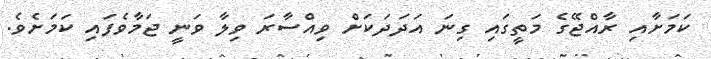
ކަމަށާއި ރާއްޖޭގެ މަތީގައި ގިނަ އަދަދަކަށް ވިއްސާރަ ވިލާ ވަނީ ޖަމާވެފައި ކަމަށެވެ.